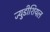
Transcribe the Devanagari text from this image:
ज्युडीशियल